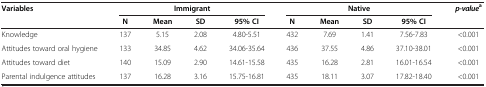
<table><thead><tr><td rowspan="2"><b>Variables</b></td><td colspan="4"><b>Immigrant</b></td><td colspan="4"><b>Native</b></td><td rowspan="2"><b><i>p-value</i><sup>a</sup></b></td></tr><tr><td><b>N</b></td><td><b>Mean</b></td><td><b>SD</b></td><td><b>95% CI</b></td><td><b>N</b></td><td><b>Mean</b></td><td><b>SD</b></td><td><b>95% CI</b></td></tr></thead><tbody><tr><td>Knowledge</td><td>137</td><td>5.15</td><td>2.08</td><td>4.80-5.51</td><td>432</td><td>7.69</td><td>1.41</td><td>7.56-7.83</td><td>&lt;0.001</td></tr><tr><td>Attitudes toward oral hygiene</td><td>133</td><td>34.85</td><td>4.62</td><td>34.06-35.64</td><td>436</td><td>37.55</td><td>4.86</td><td>37.10-38.01</td><td>&lt;0.001</td></tr><tr><td>Attitudes toward diet</td><td>140</td><td>15.09</td><td>2.90</td><td>14.61-15.58</td><td>435</td><td>16.28</td><td>2.81</td><td>16.01-16.54</td><td>&lt;0.001</td></tr><tr><td>Parental indulgence attitudes</td><td>137</td><td>16.28</td><td>3.16</td><td>15.75-16.81</td><td>435</td><td>18.11</td><td>3.07</td><td>17.82-18.40</td><td>&lt;0.001</td></tr></tbody></table>